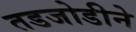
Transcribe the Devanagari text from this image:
तडजोडीने